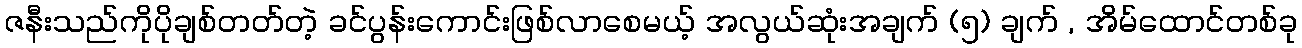
ဇနီးသည်ကိုပိုချစ်တတ်တဲ့ ခင်ပွန်းကောင်းဖြစ်လာစေမယ့် အလွယ်ဆုံးအချက် (၅) ချက် , အိမ်ထောင်တစ်ခု